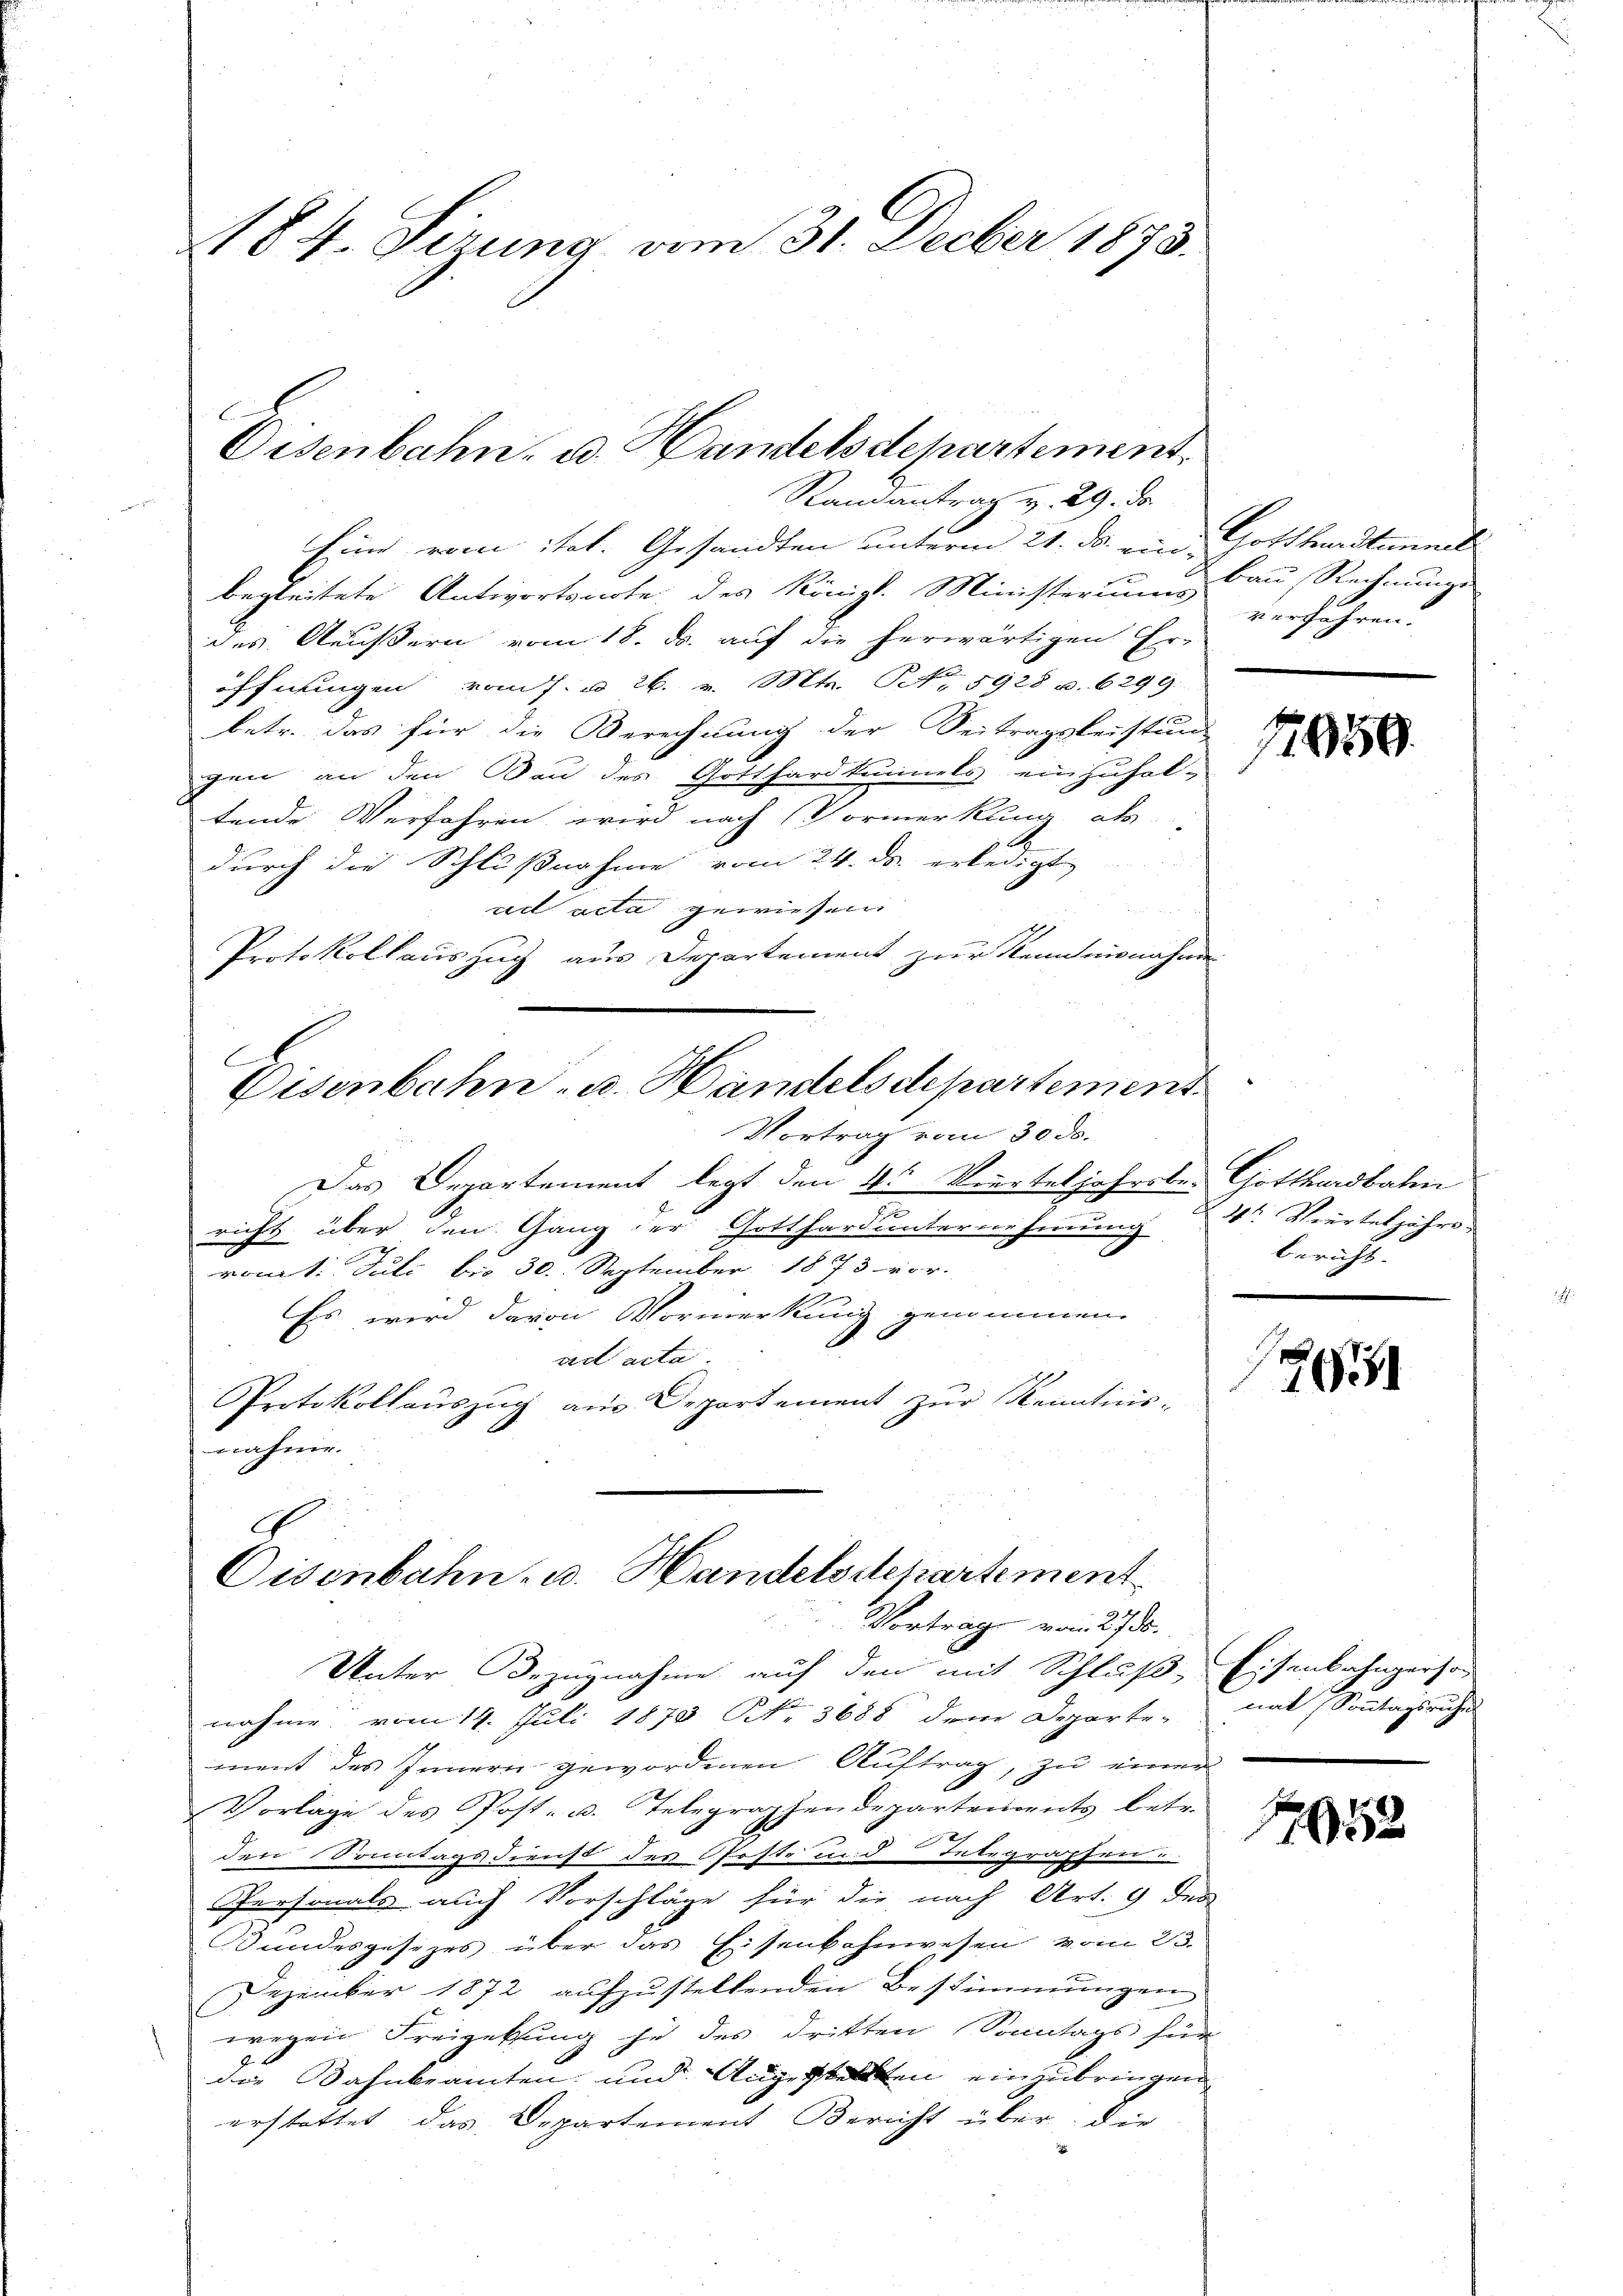
Randantrag v. 29. ds.
Eine vom itel. Gesandten unterm 21. ds. ein Gotthardtunneli
begleitete Antwortsnote des Königl. Ministerium Bau, Rechnunge
des Aeußern vom 18. ds. auf die herwärtigen Er-
öffnungen vom 7. u 26. v. Mts. N. 5928 u. 6299.
betr. das für die Berechnung der Seitragsleistung
gen an den Bau des Gotthard kennels einzuhal-
tende Verfahren wird nach Vormerkung als
durch die Schlußnahme vom 24. ds. erledigt
ad acta gewiesen.
Protokollauszug aus Departement zur Kenntnisnahme
E
Eisenbahn- u. Handels departement.
Vortrag vom 30. ds.
Das Departement legt den 4ten Vierteljahrober Gotthardbahn
e
richt über den Gang der Gotthard unternehmung V Vierteljähr-
romt. Juli bis 30. September 1873 vor.
1
Es wird davon Vormerkung genommen.
A
ad acta
e
Protokollauszug aus Departement zur Kenntnis-
nahme.

1184. Sizung vom 31. Decber 1873.

Disenbahn, od. Handelsdepartement.

G
Eisenbahn- u. Handelsdepartement
Vortrage vom 27.50.

verfahren.

Unter Bezugnahme auf den mit Schluß, Eisenbahngerson
nahme vom 14. Juli 1879 No 3688 dem Departe-
ment des Innern gewordenen Auftrag, zu einer
Vorlage des Post- u. Telegraphendepartements betr.
den Sonntags dienst des Poste und Integropfen
Personals auch Vorschläge für die nach Art. 9 des
Bundesgesezes über das Eisenbahnwesen vom 23.
Dezember 1872 aufzustellenden Bestimmungen
wegen Freigebung je des dritten Sonntags für
g
die Bahnbeamten und Angestellten einzubringen
erstattet das Departement Bericht über die

1950

bericht.

2

mat Sontagsrechen
n

7052